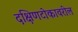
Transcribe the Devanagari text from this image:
दक्षिणटोकावरील